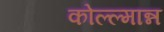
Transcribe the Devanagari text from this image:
कोल्ल्मान्न